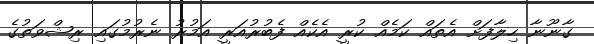
ގާނޫނާ ހިލާފަށް އެތައް ކަމެއް ކުރީ އެކެއް ފެބުރުއަރީ އަމުރު ނެރުމުގައި ރިޝްވަތުގެ